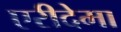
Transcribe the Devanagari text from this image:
एरीदेमा